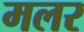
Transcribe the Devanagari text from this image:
मलर